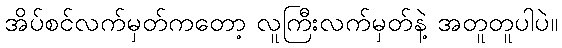
အိပ်စင်လက်မှတ်ကတော့ လူကြီးလက်မှတ်နဲ့ အတူတူပါပဲ။